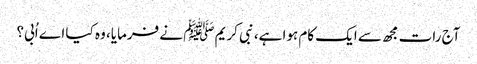
آج رات مجھ سے ایک کام ہوا ہے، نبی کریم ﷺ نے فرمایا، وہ کیا اے اُبی؟